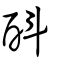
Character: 酙